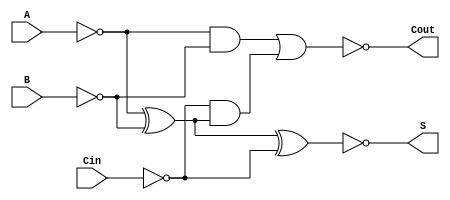
module NegativeCircuitFullAdder (
    input wire A,      // First significant bit
    input wire B,      // Second significant bit
    input wire Cin,    // Carry-in
    output wire S,     // Sum output
    output wire Cout   // Carry-out output
);

    // Inverting the inputs for negative logic implementation
    wire A_inv = ~A;    // Inversion of A
    wire B_inv = ~B;    // Inversion of B
    wire Cin_inv = ~Cin;// Inversion of Cin

    // Intermediate signals for calculations
    wire AB = A_inv & B_inv;             // AND for A and B
    wire A_XOR_B = A_inv ^ B_inv;        // XOR for A and B
    wire A_XOR_B_Cin = A_XOR_B ^ Cin_inv; // XOR for sum calculation

    // Sum output (S) in negative logic
    assign S = ~A_XOR_B_Cin;              // Inversion of the sum result

    // Carry-out output (Cout) in negative logic
    wire Cin_A_XOR_B = Cin_inv & A_XOR_B; // AND for Cin and (A XOR B)
    assign Cout = ~(AB | Cin_A_XOR_B);     // OR for carry-out logic, inverted

endmodule